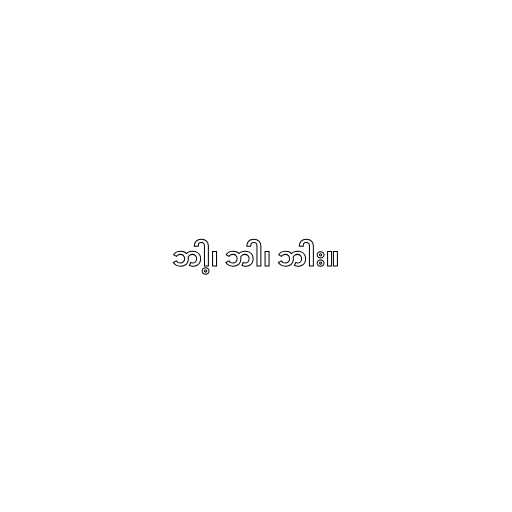
ဘါ့၊ ဘါ၊ ဘါး။